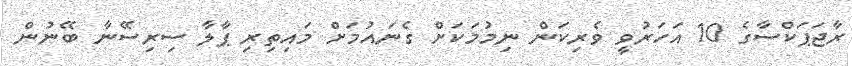
ރާޖަޕަކްސާގެ 10 އަހަރުވީ ވެރިކަން ނިމުމަކަށް ގެނައުމަށް މައިތިރި ޕާލާ ސިރިސޭނާ ބޭނުން